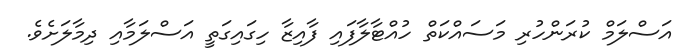
އަސްލަމް ކުރަންހުރި މަސައްކަތް ހުއްޓާލާފައި ފާއިޒާ ހިގައިގަތީ އަސްލަމާއި ދިމާލަށެވެ.